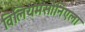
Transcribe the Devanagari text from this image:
विलियमसोनिएला